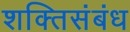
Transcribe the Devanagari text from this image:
शक्तिसंबंध